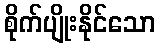
စိုက်ပျိုးနိုင်သော